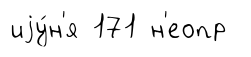
иjу́н'я 171 н'еопр